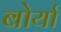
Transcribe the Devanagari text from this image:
बोर्या